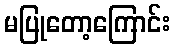
မပြုတော့ကြောင်း